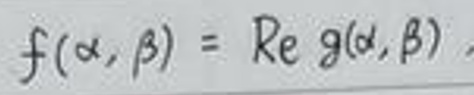
\[
f(\alpha,\beta)=\text{Re }g(\alpha,\beta)
\]